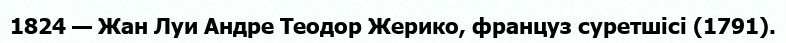
1824 — Жан Луи Андре Теодор Жерико, француз суретшісі (1791).